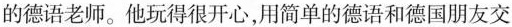
的德语老师。他玩得很开心，用简单的德语和德国朋友交